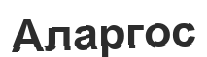
Аларгос